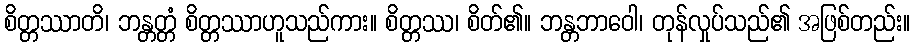
စိတ္တဿာတိ၊ ဘန္တတ္တံ စိတ္တဿာဟူသည်ကား။ စိတ္တဿ၊ စိတ်၏။ ဘန္တဘာဝေါ၊ တုန်လှုပ်သည်၏ အဖြစ်တည်း။